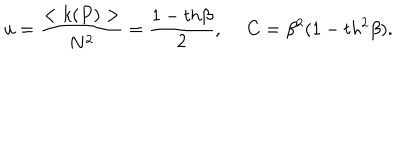
u = \frac { < k ( P ) > } { N ^ { 2 } } = \frac { 1 - t h \beta } { 2 } , ~ ~ C = \beta ^ { 2 } ( 1 - t h ^ { 2 } \beta ) .